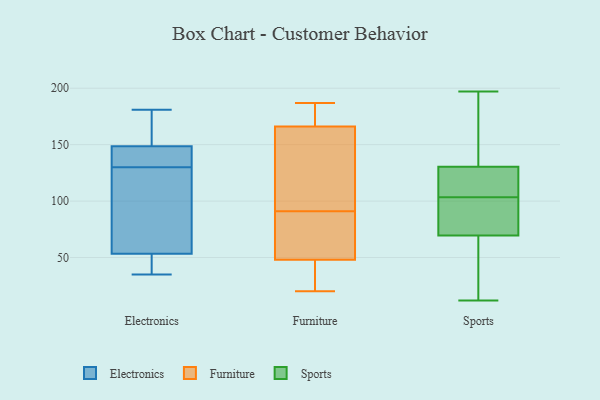
{"axis": {"x": "Shipments", "y": "Value"}, "legend": ["Electronics", "Furniture", "Sports"], "data": [{"x": "", "y": 70, "type": "Electronics"}, {"x": "", "y": 181, "type": "Electronics"}, {"x": "", "y": 37, "type": "Electronics"}, {"x": "", "y": 57, "type": "Electronics"}, {"x": "", "y": 148, "type": "Electronics"}, {"x": "", "y": 157, "type": "Electronics"}, {"x": "", "y": 148, "type": "Electronics"}, {"x": "", "y": 150, "type": "Electronics"}, {"x": "", "y": 102, "type": "Electronics"}, {"x": "", "y": 164, "type": "Electronics"}, {"x": "", "y": 40, "type": "Electronics"}, {"x": "", "y": 45, "type": "Electronics"}, {"x": "", "y": 56, "type": "Electronics"}, {"x": "", "y": 134, "type": "Electronics"}, {"x": "", "y": 148, "type": "Electronics"}, {"x": "", "y": 130, "type": "Electronics"}, {"x": "", "y": 35, "type": "Electronics"}, {"x": "", "y": 170, "type": "Furniture"}, {"x": "", "y": 20, "type": "Furniture"}, {"x": "", "y": 168, "type": "Furniture"}, {"x": "", "y": 93, "type": "Furniture"}, {"x": "", "y": 26, "type": "Furniture"}, {"x": "", "y": 97, "type": "Furniture"}, {"x": "", "y": 71, "type": "Furniture"}, {"x": "", "y": 187, "type": "Furniture"}, {"x": "", "y": 89, "type": "Furniture"}, {"x": "", "y": 169, "type": "Furniture"}, {"x": "", "y": 28, "type": "Furniture"}, {"x": "", "y": 136, "type": "Furniture"}, {"x": "", "y": 164, "type": "Furniture"}, {"x": "", "y": 62, "type": "Furniture"}, {"x": "", "y": 34, "type": "Furniture"}, {"x": "", "y": 80, "type": "Furniture"}, {"x": "", "y": 104, "type": "Sports"}, {"x": "", "y": 100, "type": "Sports"}, {"x": "", "y": 41, "type": "Sports"}, {"x": "", "y": 158, "type": "Sports"}, {"x": "", "y": 28, "type": "Sports"}, {"x": "", "y": 76, "type": "Sports"}, {"x": "", "y": 103, "type": "Sports"}, {"x": "", "y": 17, "type": "Sports"}, {"x": "", "y": 121, "type": "Sports"}, {"x": "", "y": 119, "type": "Sports"}, {"x": "", "y": 197, "type": "Sports"}, {"x": "", "y": 84, "type": "Sports"}, {"x": "", "y": 120, "type": "Sports"}, {"x": "", "y": 127, "type": "Sports"}, {"x": "", "y": 63, "type": "Sports"}, {"x": "", "y": 192, "type": "Sports"}, {"x": "", "y": 147, "type": "Sports"}, {"x": "", "y": 87, "type": "Sports"}, {"x": "", "y": 134, "type": "Sports"}, {"x": "", "y": 12, "type": "Sports"}]}